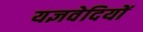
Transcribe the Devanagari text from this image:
यज्ञवेदियों